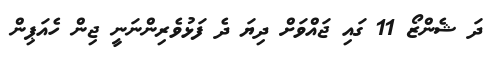
ދަ ޝެންޒޯ 11 ގައި ޖައްވަށް ދިޔަ ދެ ފަޅުވެރިންނަނީ ޖިން ހެއަޕިން